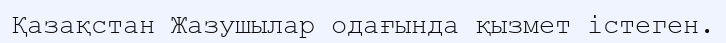
Қазақстан Жазушылар одағында қызмет істеген.